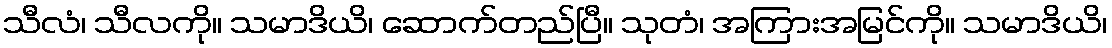
သီလံ၊ သီလကို။ သမာဒိယိ၊ ဆောက်တည်ပြီ။ သုတံ၊ အကြားအမြင်ကို။ သမာဒိယိ၊